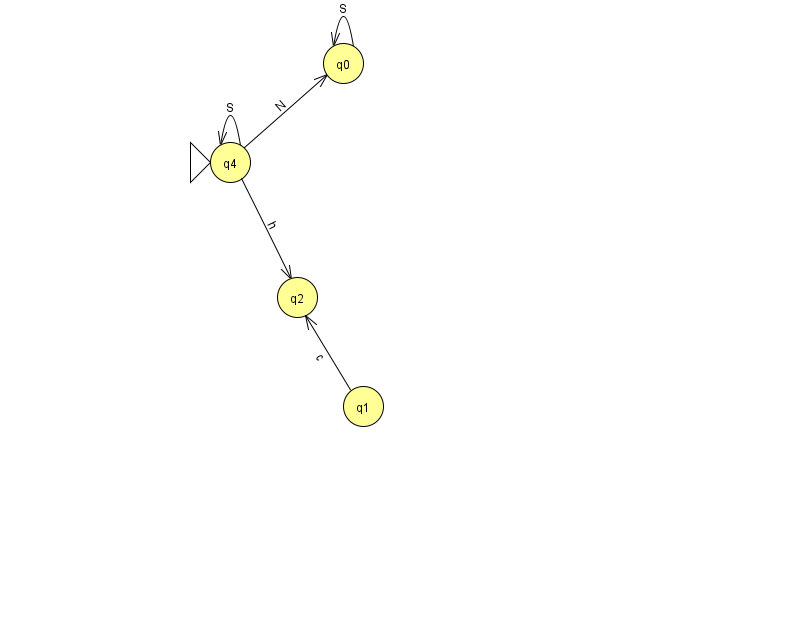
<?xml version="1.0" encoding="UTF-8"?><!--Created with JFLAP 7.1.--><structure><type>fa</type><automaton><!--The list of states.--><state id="0" name="q0"><x>343.0</x><y>50.0</y></state><state id="1" name="q1"><x>363.0</x><y>393.0</y></state><state id="2" name="q2"><x>297.0</x><y>284.0</y></state><state id="4" name="q4"><x>230.0</x><y>149.0</y><initial/></state><!--The list of transitions.--><transition><from>1</from><to>2</to><read>c</read></transition><transition><from>0</from><to>0</to><read>S</read></transition><transition><from>4</from><to>4</to><read>S</read></transition><transition><from>4</from><to>2</to><read>h</read></transition><transition><from>4</from><to>0</to><read>N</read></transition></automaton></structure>